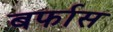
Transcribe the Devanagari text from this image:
बर्फास